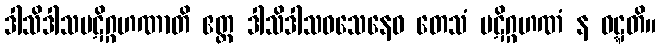
ဒါသိဒါသပဋိဂ္ဂဟဏာတိ ဧတ္ထ ဒါသိဒါသဝသေနေဝ တေသံ ပဋိဂ္ဂဟဏံ န ဝဋ္ဋတိ။